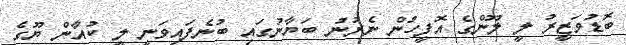
ބޮޑުވަޒީރު ލީ ލޫންގެ އޮފީހުން ނެރުނު ބަޔާނުގައި ބުނެފައިވަނީ ލީ ކުއާން ޔޫގެ